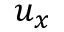
u _ { x }